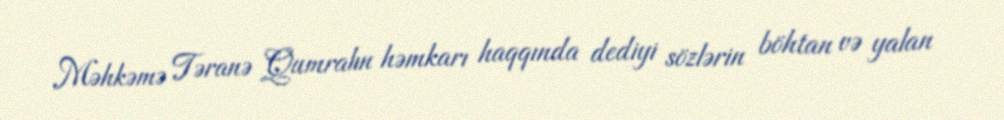
Məhkəmə Təranə Qumralın həmkarı haqqında dediyi sözlərin böhtan və yalan